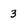
Character: 3